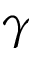
\gamma